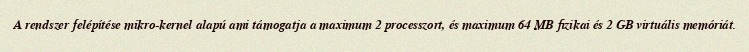
A rendszer felépítése mikro-kernel alapú ami támogatja a maximum 2 processzort, és maximum 64 MB fizikai és 2 GB virtuális memóriát.